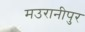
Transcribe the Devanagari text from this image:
मउरानीपुर